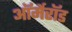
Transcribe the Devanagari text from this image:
ऑर्मेरॉड